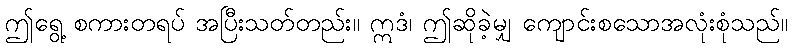
ဤရွေ့ စကားတရပ် အပြီးသတ်တည်း။ ဣဒံ၊ ဤဆိုခဲ့မျှ ကျောင်းစသောအလုံးစုံသည်။